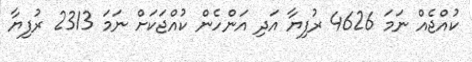
ކުއްޖެއް ނަމަ 4626 ރުފިޔާ އަދި އަންހެން ކުއްޖަކަށް ނަމަ 2313 ރުފިޔާ